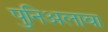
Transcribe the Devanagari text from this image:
पुनिअलावा